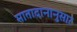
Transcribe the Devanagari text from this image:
मातादानानुसार